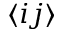
\langle i j \rangle